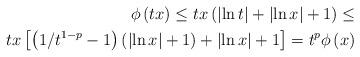
LaTeX: \begin{align*}\phi\left( tx\right) \leq tx\left( \left\vert \ln t\right\vert +\left\vert\ln x\right\vert +1\right) \leq\\tx\left[ \left( 1/t^{1-p}-1\right) \left( \left\vert \ln x\right\vert+1\right) +\left\vert \ln x\right\vert +1\right] =t^{p}\phi\left( x\right)\end{align*}